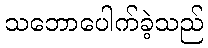
သဘောပေါက်ခဲ့သည်